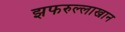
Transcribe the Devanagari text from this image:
झफरुल्लाखान